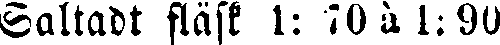
Saltadt fläsk 1: 70 à 1; 90